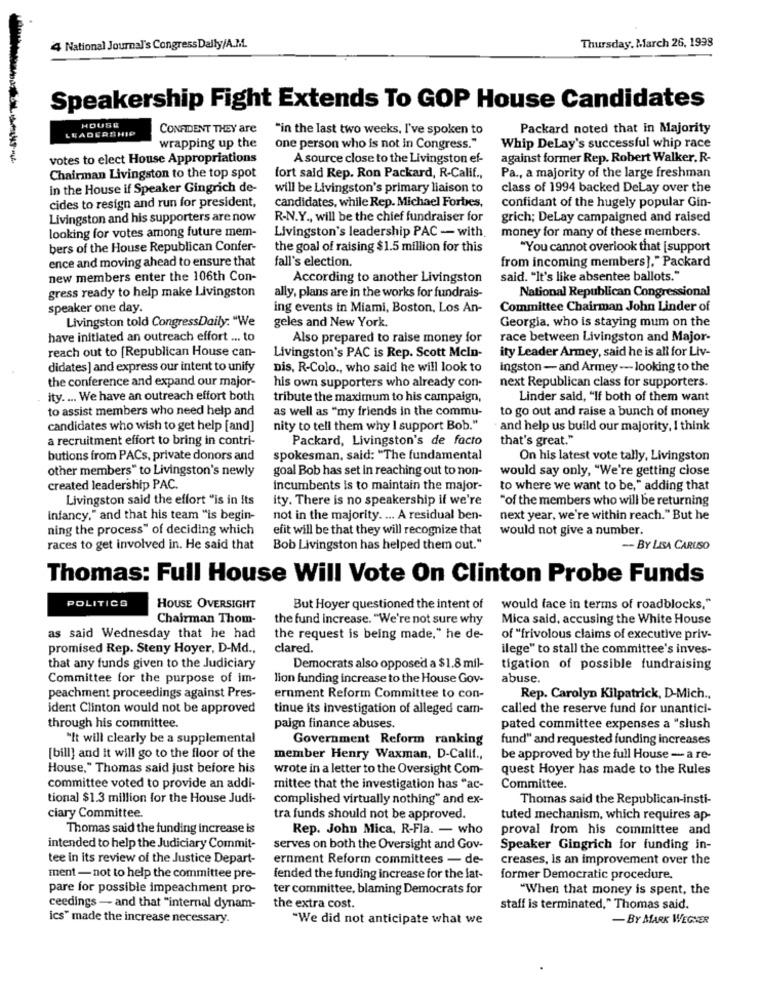
Thursday, March 26, 1998
4 National Journal's CongressDaily/A.M.
Speakership Fight Extends To GOP House Candidates
HOUSE
LEADERSHIP
CONFIDENT THEY are
"in the last two weeks, I've spoken to
Packard noted that in Majority
wrapping up the
one person who is not in Congress."
Whip DeLay's successful whip race
votes to elect House Appropriations
A source close to the Livingston ef-
against former Rep. Robert Walker.R-
fort said Rep. Ron Packard, R-Calif .,
Chairman Livingston to the top spot
Pa ., a majority of the large freshman
in the House if Speaker Gingrich de-
will be Livingston's primary liaison to
class of 1994 backed DeLay over the
cides to resign and run for president,
candidates, while Rep. Michael Forbes,
confidant of the hugely popular Gin-
Livingston and his supporters are now
R-N.Y ., will be the chief fundraiser for
grich; DeLay campaigned and raised
looking for votes among future mem-
Livingston's leadership PAC - with.
money for many of these members.
bers of the House Republican Confer-
the goal of raising $1.5 million for this
"You cannot overlook that [support
ence and moving ahead to ensure that
from incoming members]," Packard
fall's election.
new members enter the 106th Con-
According to another Livingston
said. "It's like absentee ballots."
National Republican Congressional
gress ready to help make Livingston
ally, plans are in the works for fundrais-
speaker one day.
ing events in Miami, Boston, Los An-
Committee Chairman John Linder of
Livingston told CongressDaily: "We
geles and New York.
Georgia, who is staying mum on the
have initiated an outreach effort ... to
Also prepared to raise money for
race between Livingston and Major-
reach out to [Republican House can-
Livingston's PAC is Rep. Scott Mcln-
ity Leader Armey, said he is all for Liv-
didates] and express our intent to unify
Dis, R-Colo ., who said he will look to
Ingston-and Armey -looking to the
the conference and expand our major-
his own supporters who already con-
next Republican class for supporters.
ity. ... We have an outreach effort both
tribute the maximum to his campaign,
Linder said, "If both of them want
to assist members who need help and
as well as "my friends in the commu-
to go out and raise a bunch of money
candidates who wish to get help [and]
nity to tell them why I support Bob."
and help us build our majority, I think
a recruitment effort to bring in contri-
Packard, Livingston's de facto
that's great."
butions from PACs, private donors and
spokesman, said: "The fundamental
On his latest vote tally, Livingston
other members" to Livingston's newly
goal Bob has set in reaching out to non-
would say only, "We're getting close
created leadership PAC.
incumbents is to maintain the major-
to where we want to be, " adding that
Livingston said the effort "is in Its
ity. There is no speakership if we're
"of the members who will be returning
Infancy," and that his team "is begin-
not in the majority. ... A residual ben-
next year, we're within reach." But he
ning the process" of deciding which
efit will be that they will recognize that
would not give a number.
races to get involved in. He said that
Bob Livingston has helped them out."
- BY LISA CARUSO
Thomas: Full House Will Vote On Clinton Probe Funds
POLITICS
HOUSE OVERSIGHT
But Hoyer questioned the intent of
would face in terms of roadblocks."
Chairman Thom-
the fund increase. "We're not sure why
Mica said, accusing the White House
as said Wednesday that he had
the request is being made," he de-
of "frivolous claims of executive priv-
promised Rep. Steny Hoyer, D-Md .,
clared .
ilege" to stall the committee's inves-
that any funds given to the Judiciary
Democrats also opposed a $1.8 mil-
tigation of possible fundraising
Committee for the purpose of im-
lion funding increase to the House Gov-
abuse.
peachment proceedings against Pres-
ernment Reform Committee to con-
Rep. Carolyn Kilpatrick, D-Mich .,
ident Clinton would not be approved
tinue its investigation of alleged cam-
called the reserve fund for unantici-
through his committee.
paign finance abuses.
pated committee expenses a "slush
"It will clearly be a supplemental
Government Reform ranking
fund" and requested funding increases
[bill] and it will go to the floor of the
member Henry Waxman, D-Calif .,
be approved by the full House - a re-
House," Thomas said Just before his
wrote in a letter to the Oversight Com-
quest Hoyer has made to the Rules
committee voted to provide an addi-
mittee that the investigation has "ac-
Committee.
tional $1.3 million for the House Judi-
complished virtually nothing" and ex-
Thomas said the Republican-insti-
ciary Committee.
tra funds should not be approved.
tuted mechanism, which requires ap-
Thomas said the funding increase is
Rep. John Mica, R-Fla. - who
proval from his committee and
intended to help the Judiciary Commit-
serves on both the Oversight and Gov-
Speaker Gingrich for funding in-
tee in its review of the Justice Depart-
ernment Reform committees - de-
creases, Is an improvement over the
ment - not to help the committee pre-
fended the funding increase for the lat-
former Democratic procedure.
pare for possible impeachment pro-
ter committee, blaming Democrats for
"When that money is spent, the
ceedings - and that "internal dynam-
the extra cost.
staff is terminated," Thomas said.
ics" made the increase necessary.
"We did not anticipate what we
-BY MARK WEGNER